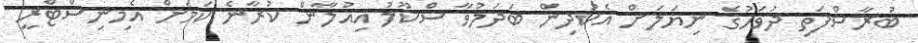
ބުރާސްފަތި ދުވަހުގެ ނިޔަލަށް އެކުދިން ބަދަލުވާ ސްކޫލު އިއުލާން ކުރާނެ ކަމަށް އެމިނިސްޓްރީ